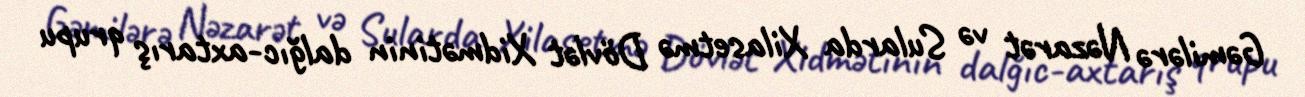
Gəmilərə Nəzarət və Sularda Xilasetmə Dövlət Xidmətinin dalğıc-axtarış qrupu